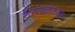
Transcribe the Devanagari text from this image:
शासकाच्या